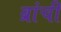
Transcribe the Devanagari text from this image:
ब्रांची